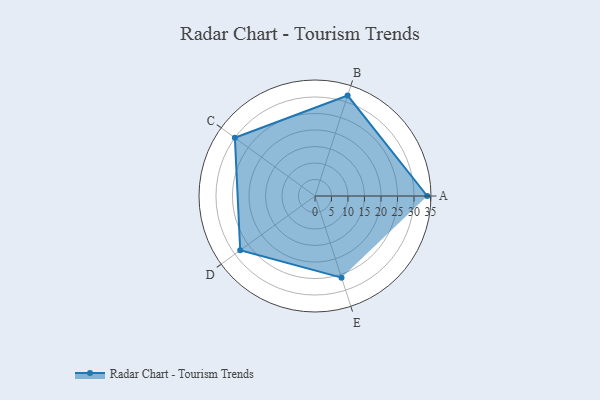
{"axis": {"x": "Skill", "y": "Score"}, "legend": ["Profile"], "data": [{"x": "A", "y": 34.0, "type": "Profile"}, {"x": "B", "y": 32.0, "type": "Profile"}, {"x": "C", "y": 30.0, "type": "Profile"}, {"x": "D", "y": 28.0, "type": "Profile"}, {"x": "E", "y": 26.0, "type": "Profile"}]}